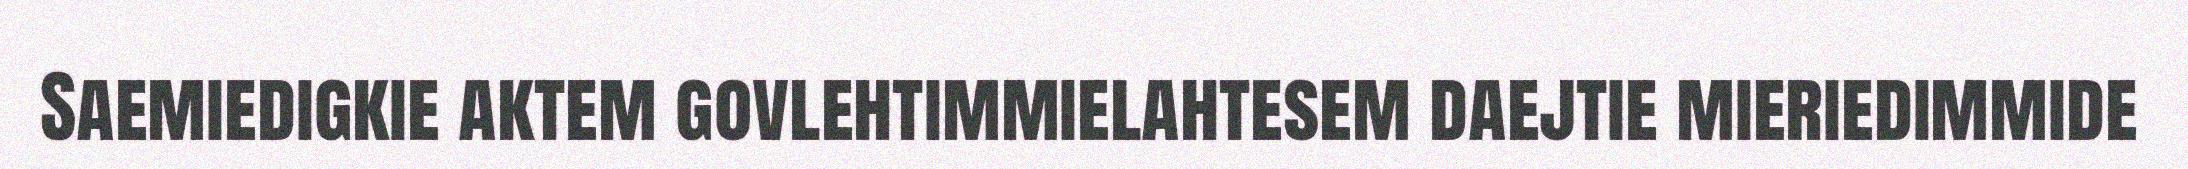
Saemiedigkie aktem govlehtimmielahtesem daejtie mieriedimmide